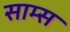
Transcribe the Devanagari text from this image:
साम्स